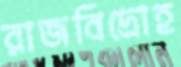
রাজবিদ্রোহ